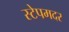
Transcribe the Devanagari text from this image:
स्टेपमदर